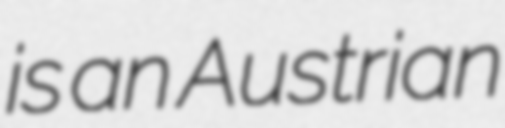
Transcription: is an Austrian